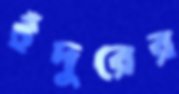
ইঁদুরের